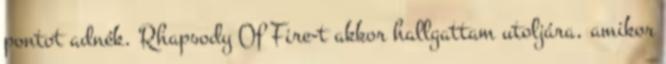
pontot adnék. Rhapsody Of Fire-t akkor hallgattam utoljára, amikor